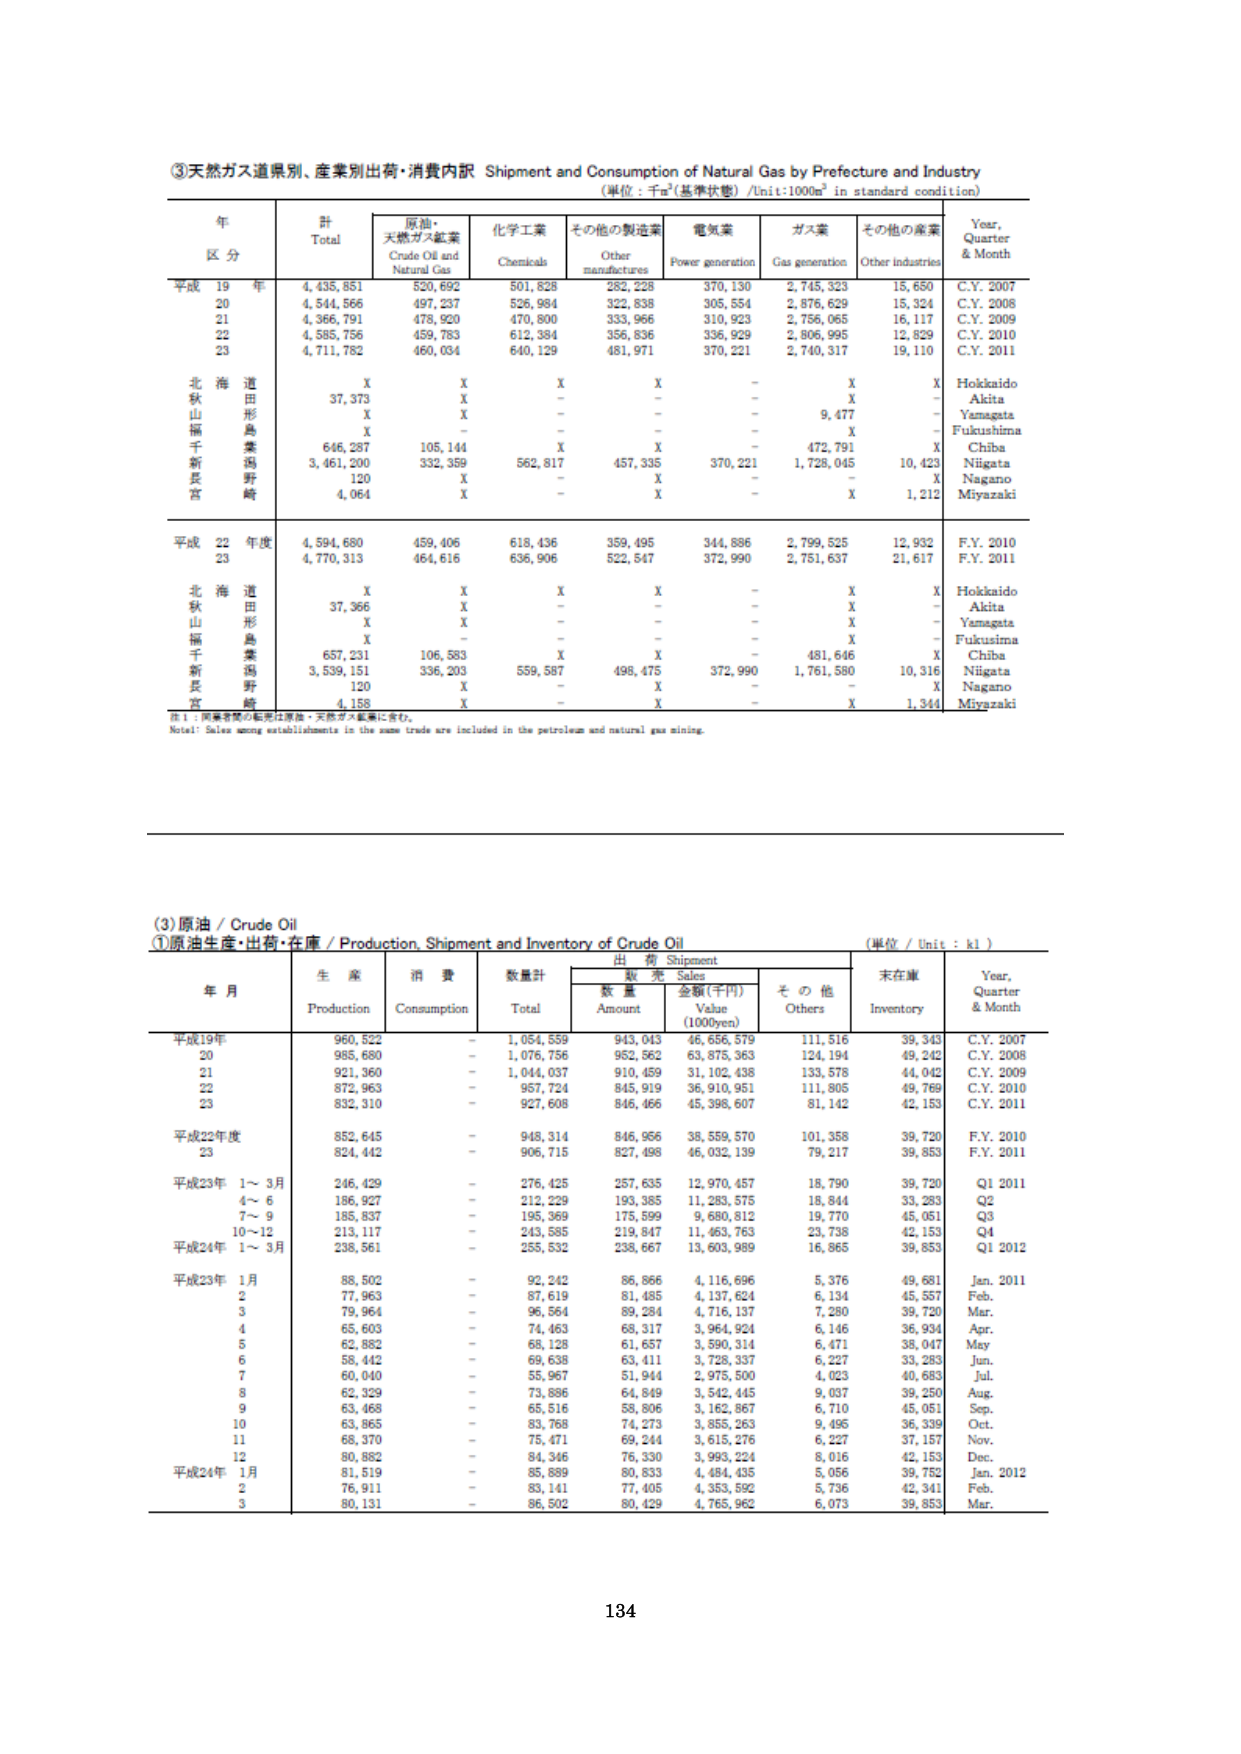
③天然ガス出荷別、産業別出荷・消費内訳 Shipment and Consumption of Natural Gas by Prefecture and Industry
(単位：千m³(基準状態) /Unit:1000m³ in standard condition)

年
区分
計
Total
原油・天然ガス鉱業
Crude Oil and Natural Gas
化学工業
Chemicals
その他の製造業
Other manufacturers
電気業
Power generation
ガス業
Gas generation
その他の産業
Other industries
Year, Quarter & Month

平成 19 年
4,435,851
520,692
501,528
282,228
370,130
2,745,323
15,650
C.Y. 2007
20
4,544,566
497,237
526,984
322,838
305,554
2,876,629
15,324
C.Y. 2008
21
4,366,791
478,920
470,800
333,966
310,923
2,756,065
16,117
C.Y. 2009
22
4,585,756
459,783
612,384
356,836
336,929
2,806,996
12,829
C.Y. 2010
23
4,711,782
460,034
640,129
481,971
370,221
2,740,317
19,110
C.Y. 2011

北海道
X
X
X
X
-
X
X
Hokkaido
秋田
37,373
X
-
-
-
X
-
Akita
山形
X
X
-
-
-
9,477
-
Yamagata
福島
X
-
-
-
-
X
-
Fukushima
千葉
646,287
105,144
X
X
-
472,791
X
Chiba
新潟
3,461,200
332,359
562,817
457,335
370,221
1,728,045
10,423
Niigata
長野
120
X
-
X
-
-
X
Nagano
宮崎
4,064
X
-
X
-
X
1,212
Miyazaki

平成 22 年度
4,594,680
459,406
618,436
359,495
344,886
2,799,525
12,932
F.Y. 2010
23
4,770,313
464,616
636,906
522,547
372,990
2,751,637
21,617
F.Y. 2011

北海道
X
X
X
X
-
X
X
Hokkaido
秋田
37,366
X
-
-
-
X
-
Akita
山形
X
X
-
-
-
X
-
Yamagata
福島
X
-
-
-
-
X
-
Fukushima
千葉
657,231
106,583
X
X
-
481,646
X
Chiba
新潟
3,539,151
336,203
559,587
498,475
372,990
1,761,580
10,316
Niigata
長野
120
X
-
X
-
-
X
Nagano
宮崎
4,158
X
-
X
-
X
1,344
Miyazaki

注1：同業者間の販売は原油・天然ガス鉱業に含む。
Note1: Sales among establishments in the same trade are included in the petroleum and natural gas mining.

(3) 原油 / Crude Oil
①原油生産・出荷・在庫 / Production, Shipment and Inventory of Crude Oil
(単位 / Unit : kl)

年月
生産
Production
消費
Consumption
数量計
Total
出荷 Shipment
その他
Others
未在庫
Inventory
Year, Quarter & Month

数量
Amount
金額(千円)
Value (1000yen)

平成19年
960,522
-
1,054,559
943,043
46,656,579
111,516
39,343
C.Y. 2007
20
985,680
-
1,076,756
952,562
63,875,363
124,194
49,242
C.Y. 2008
21
921,360
-
1,044,037
910,459
31,102,438
133,578
44,042
C.Y. 2009
22
872,963
-
957,724
845,919
36,910,951
111,805
49,769
C.Y. 2010
23
832,310
-
927,608
846,466
45,398,607
81,142
42,153
C.Y. 2011

平成22年度
852,645
-
948,314
846,956
38,559,570
101,358
39,720
F.Y. 2010
23
824,442
-
906,715
827,498
46,032,139
79,217
39,853
F.Y. 2011

平成23年 1～3月
246,429
-
276,425
257,635
12,970,457
18,790
39,720
Q1 2011
4～6
186,927
-
212,229
193,385
11,283,575
18,844
33,283
Q2
7～9
185,837
-
195,369
175,599
9,680,812
19,770
45,051
Q3
10～12
213,117
-
243,585
219,847
11,463,763
23,738
42,153
Q4

平成24年 1～3月
238,561
-
255,532
238,667
13,603,989
16,865
39,853
Q1 2012

平成23年 1月
88,502
-
92,242
86,866
4,116,696
5,376
49,681
Jan. 2011
2
77,963
-
87,619
81,485
4,137,624
6,134
45,557
Feb.
3
79,964
-
96,564
89,284
4,716,137
7,280
39,720
Mar.
4
65,603
-
74,463
68,317
3,964,924
6,146
36,934
Apr.
5
62,882
-
68,128
61,657
3,590,314
6,471
38,047
May
6
58,442
-
69,638
63,411
3,728,337
6,227
33,283
Jun.
7
60,040
-
55,967
51,944
2,975,500
4,023
40,683
Jul.
8
62,329
-
73,886
64,849
3,542,445
9,037
39,250
Aug.
9
63,468
-
65,516
58,806
3,162,867
6,710
45,051
Sep.
10
63,865
-
83,768
74,273
3,855,263
9,495
36,339
Oct.
11
68,370
-
75,471
69,244
3,615,276
6,227
37,157
Nov.
12
80,882
-
84,346
76,330
3,993,224
8,016
42,153
Dec.

平成24年 1月
81,519
-
85,889
80,833
4,484,435
5,056
39,752
Jan. 2012
2
76,911
-
83,141
77,405
4,353,592
5,736
42,341
Feb.
3
80,131
-
86,502
80,429
4,765,962
6,073
39,853
Mar.

134